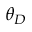
\theta _ { D }